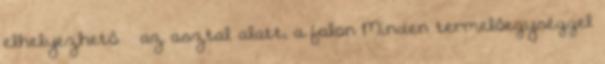
elhelyezhető – az asztal alatt, a falon Minden termelőegységgel